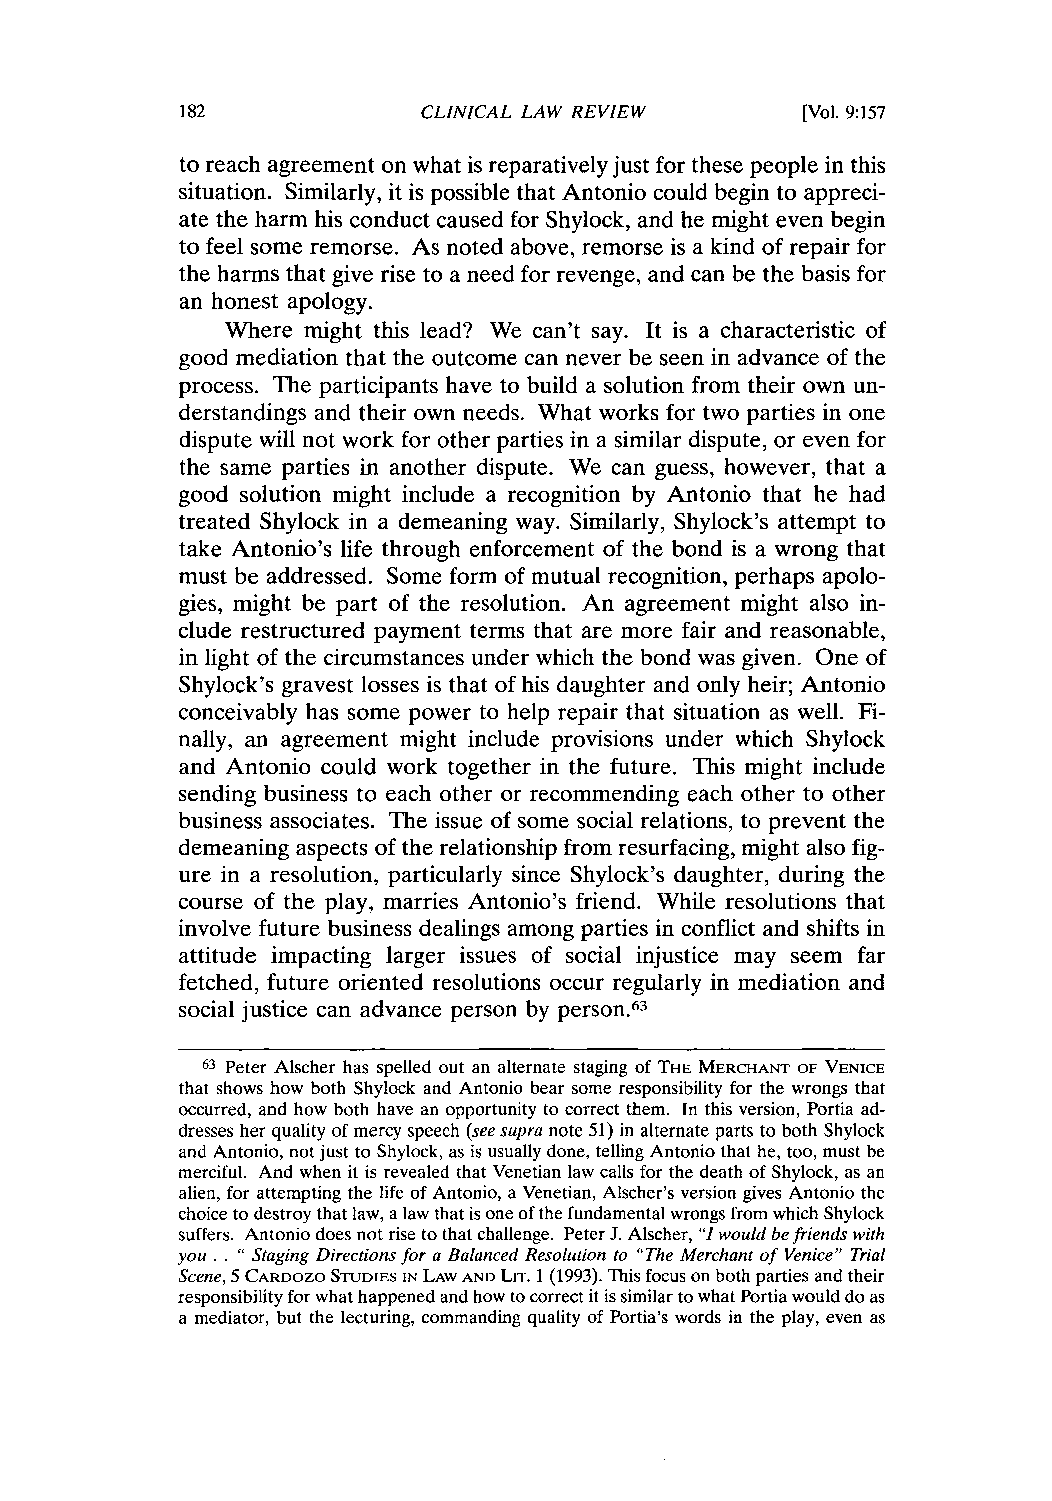
CLINICAL LAW REVIEW      [Vol. 9:157
 to reach agreement on what is reparatively just for these people in this
 situation. Similarly, it is possible that Antonio could begin to appreci-
 ate the harm his conduct caused for Shylock, and he might even begin
 to feel some remorse. As noted above, remorse is a kind of repair for
 the harms that give rise to a need for revenge, and can be the basis for
 an honest apology.
 Where might this lead? We can't say. It is a characteristic of
 good mediation that the outcome can never be seen in advance of the
 process. The participants have to build a solution from their own un-
 derstandings and their own needs. What works for two parties in one
 dispute will not work for other parties in a similar dispute, or even for
 the same parties in another dispute. We can guess, however, that a
 good solution might include a recognition by Antonio that he had
 treated Shylock in a demeaning way. Similarly, Shylock's attempt to
 take Antonio's life through enforcement of the bond is a wrong that
 must be addressed. Some form of mutual recognition, perhaps apolo-
 gies, might be part of the resolution. An agreement might also in-
 clude restructured payment terms that are more fair and reasonable,
 in light of the circumstances under which the bond was given. One of
 Shylock's gravest losses is that of his daughter and only heir; Antonio
 conceivably has some power to help repair that situation as well. Fi-
 nally, an agreement might include provisions under which Shylock
 and Antonio could work together in the future. This might include
 sending business to each other or recommending each other to other
 business associates. The issue of some social relations, to prevent the
 demeaning aspects of the relationship from resurfacing, might also fig-
 ure in a resolution, particularly since Shylock's daughter, during the
 course of the play, marries Antonio's friend. While resolutions that
 involve future business dealings among parties in conflict and shifts in
 attitude impacting larger issues of social injustice may seem far
 fetched, future oriented resolutions occur regularly in mediation and
 social justice can advance person by person.63
 63 Peter Alscher has spelled out an alternate staging of THE MERCHANT OF VENICE
 that shows how both Shylock and Antonio bear some responsibility for the wrongs that
 occurred, and how both have an opportunity to correct them. In this version, Portia ad-
 dresses her quality of mercy speech (see supra note 51) in alternate parts to both Shylock
 and Antonio, not just to Shylock, as is usually done, telling Antonio that he, too, must be
 merciful. And when it is revealed that Venetian law calls for the death of Shylock, as an
 alien, for attempting the life of Antonio, a Venetian, Alscher's version gives Antonio the
 choice to destroy that law, a law that is one of the fundamental wrongs from which Shylock
 suffers. Antonio does not rise to that challenge. Peter J. Alscher, "I would be friends with
 you .. " Staging Directions for a Balanced Resolution to "The Merchant of Venice" Trial
 Scene, 5 CARDOZO STUDIES IN LAW AND LIT. 1 (1993). This focus on both parties and their
 responsibility for what happened and how to correct it is similar to what Portia would do as
 a mediator, but the lecturing, commanding quality of Portia's words in the play, even as